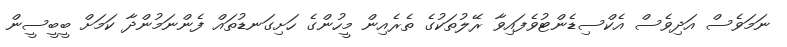
ނަމަވެސް އަދިވެސް އެކްސިޑެންޓުވެފައިވާ ރޭލުތަކުގެ ތެރެއިން މީހުންގެ ހަށިގަނޑުތައް ފެންނަމުންދާ ކަމަށް ބީބީސީން